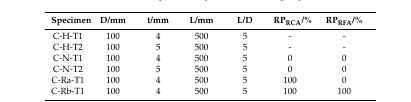
| Specimen | D/mm | t/mm | L/mm | L/D | RPRCA/% | RPRFA/% |
 | --- | --- | --- | --- | --- | --- | --- |
 | C-H-T1 | 100 | 4 | 500 | 5 | - | - |
 | C-H-T2 | 100 | 5 | 500 | 5 | - | - |
 | C-N-T1 | 100 | 4 | 500 | 5 | 0 | 0 |
 | C-N-T2 | 100 | 5 | 500 | 5 | 0 | 0 |
 | C-Ra-T1 | 100 | 4 | 500 | 5 | 100 | 0 |
 | C-Rb-T1 | 100 | 4 | 500 | 5 | 100 | 100 |